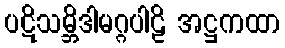
ပဋိသမ္ဘိဒါမဂ္ဂပါဠိ အဋ္ဌကထာ